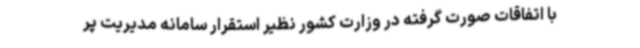
با اتفاقات صورت گرفته در وزارت کشور نظیر استقرار سامانه مدیریت پر